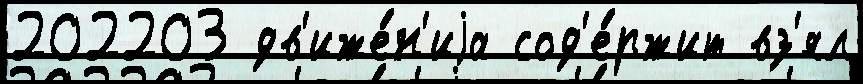
202203 дв'иже́н'иjа сод'е́ржит вз'ял